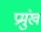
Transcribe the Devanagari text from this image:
प्रमुंख